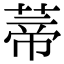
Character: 蒂